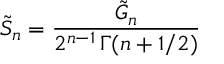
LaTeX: { \tilde { S } } _ { n } = \frac { { \tilde { G } } _ { n } } { 2 ^ { n - 1 } \, \Gamma ( n + 1 / 2 ) }